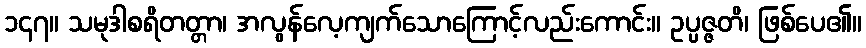
၁၄၇။ သမုဒါစရိတတ္တာ၊ အလွန်လေ့ကျက်သောကြောင့်လည်းကောင်း။ ဥပ္ပဇ္ဇတိ၊ ဖြစ်ပေ၏။